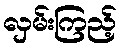
လှမ်းကြည့်